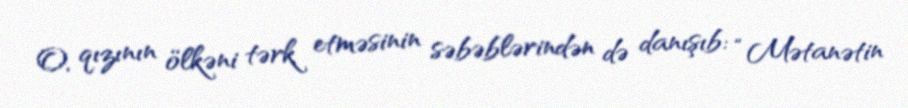
O, qızının ölkəni tərk etməsinin səbəblərindən də danışıb: “Mətanətin